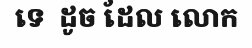
ទេ  ដូច ដែល លោក